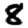
Digit: 8